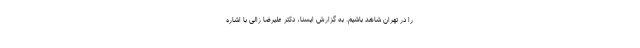
را در تهران شاهد باشیم‌. به گزارش ایسنا، دکتر علیرضا زالی با اشاره